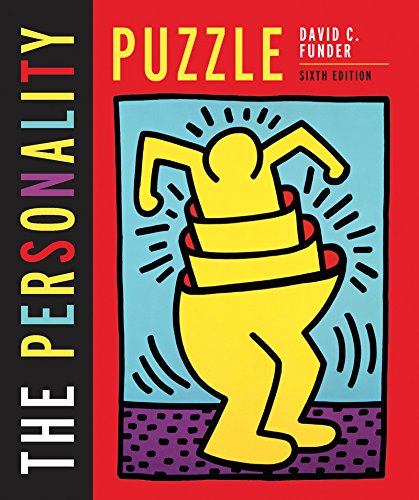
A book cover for The Personality Puzzle (Sixth Edition); David C. Funder; Health, Fitness & Dieting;